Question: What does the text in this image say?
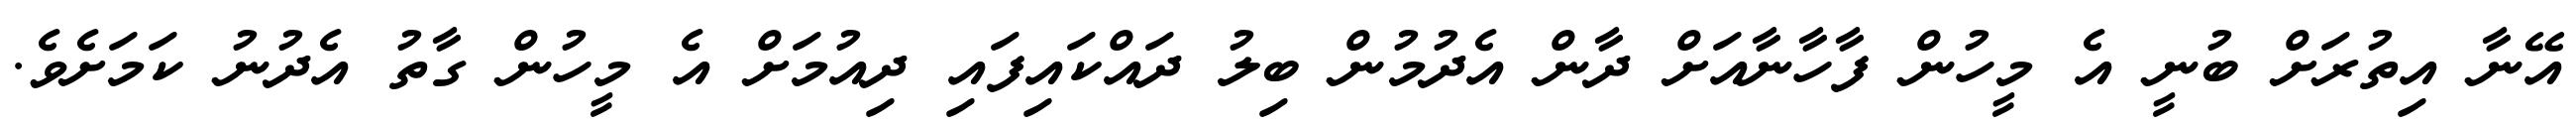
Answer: އޭނާ އިތުރަށް ބުނީ އެ މީހުން ފާހާނާއަށް ދާން އެދުމުން ބިލު ދައްކައިފައި ދިއުމަށް އެ މީހުން ގާތު އެދުނު ކަމަށެވެ.